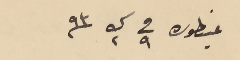
عينطوره فى ٩ ك٢ / ٩٣